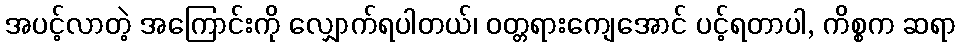
အပင့်လာတဲ့ အကြောင်းကို လျှောက်ရပါတယ်၊ ဝတ္တရားကျေအောင် ပင့်ရတာပါ, ကိစ္စက ဆရာ